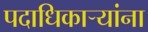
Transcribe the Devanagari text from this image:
पदाधिकाऱ्यांना